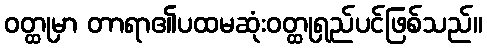
ဝတ္ထုမှာ တာရာ၏ပထမဆုံးဝတ္ထုရှည်ပင်ဖြစ်သည်။